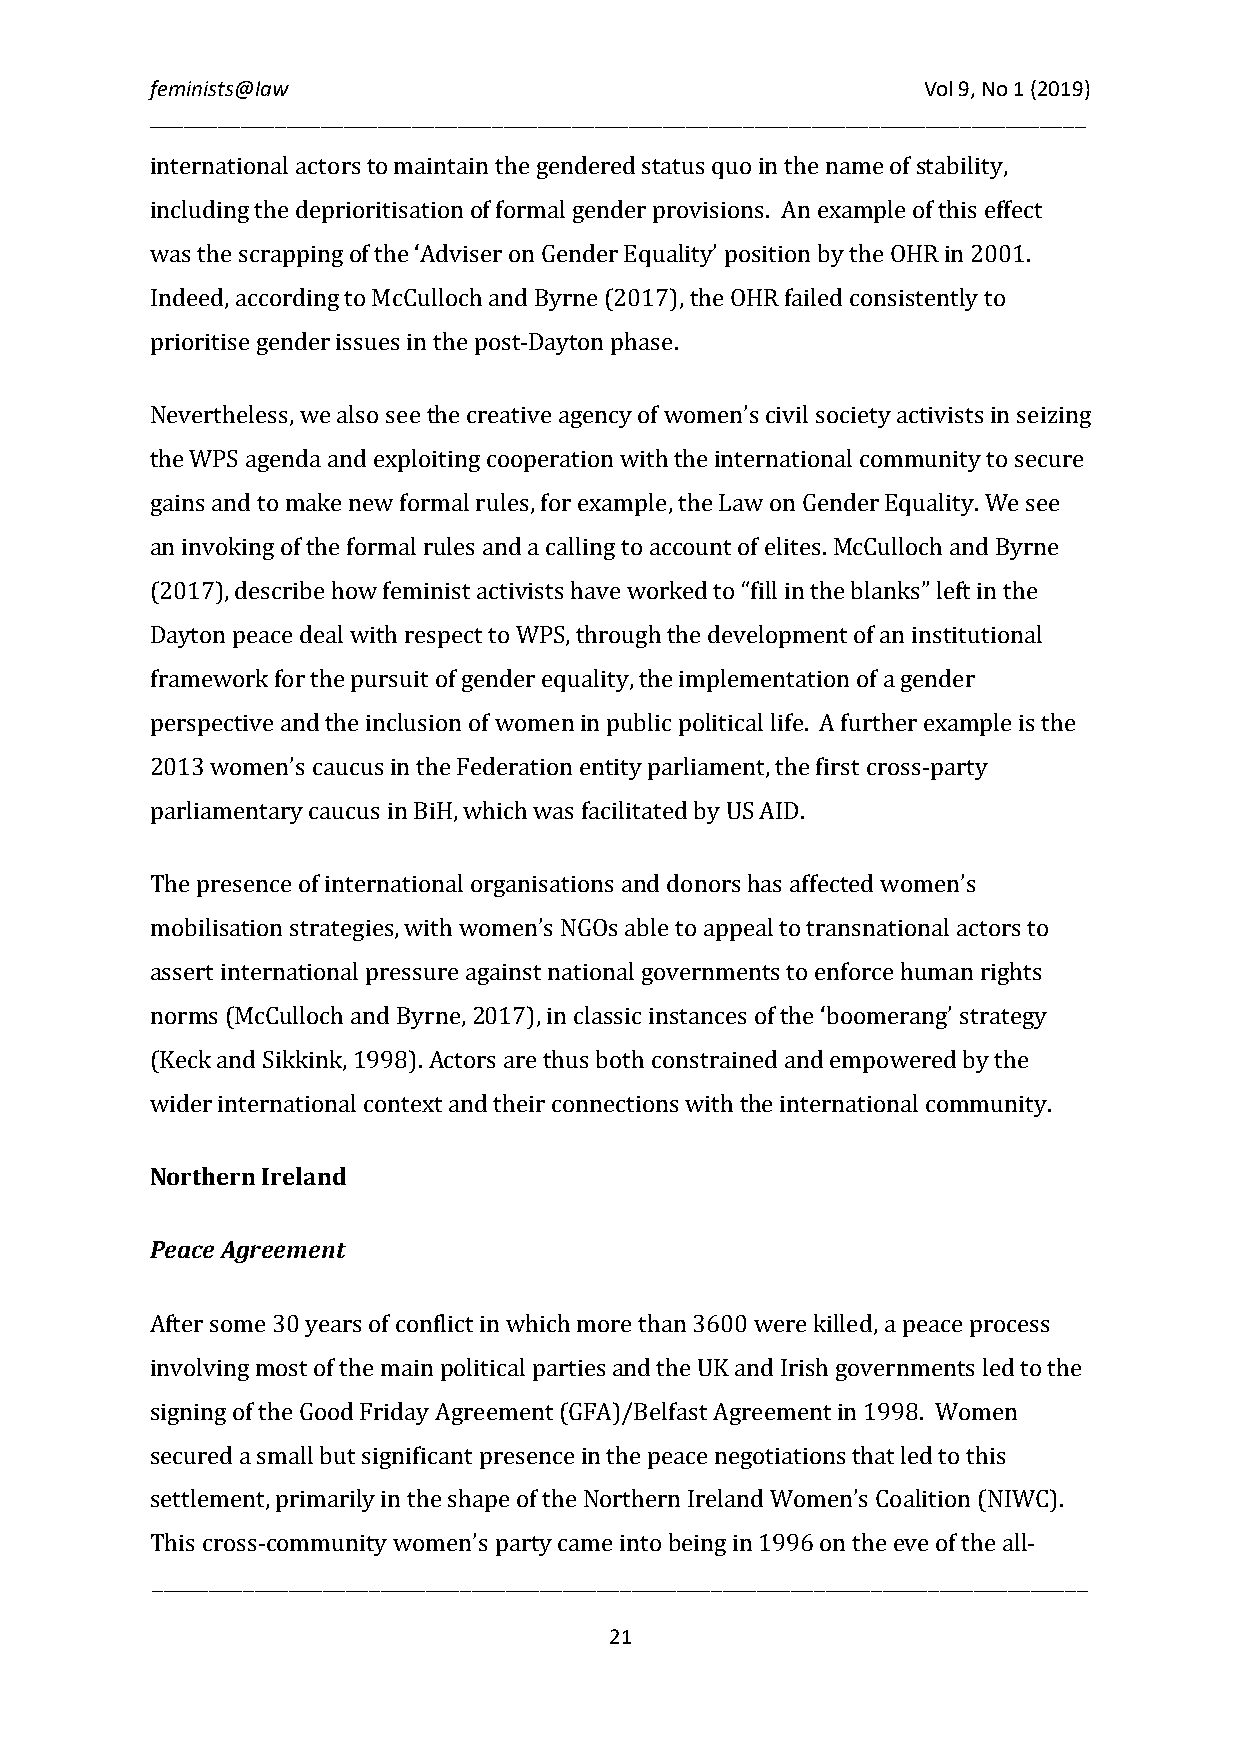
feminists@law                                      Vol 9, No 1 (2019)
 __________________________________________________________________________________
 international actors to maintain the gendered status quo in the name of stability,
 including the deprioritisation of formal gender provisions. An example of this effect
 was the scrapping of the ‘Adviser on Gender Equality’ position by the OHR in 2001.
 Indeed, according to McCulloch and Byrne (2017), the OHR failed consistently to
 prioritise gender issues in the post-Dayton phase.
 Nevertheless, we also see the creative agency of women’s civil society activists in seizing
 the WPS agenda and exploiting cooperation with the international community to secure
 gains and to make new formal rules, for example, the Law on Gender Equality. We see
 an invoking of the formal rules and a calling to account of elites. McCulloch and Byrne
 (2017), describe how feminist activists have worked to “fill in the blanks” left in the
 Dayton peace deal with respect to WPS, through the development of an institutional
 framework for the pursuit of gender equality, the implementation of a gender
 perspective and the inclusion of women in public political life. A further example is the
 2013 women’s caucus in the Federation entity parliament, the first cross-party
 parliamentary caucus in BiH, which was facilitated by US AID.
 The presence of international organisations and donors has affected women’s
 mobilisation strategies, with women’s NGOs able to appeal to transnational actors to
 assert international pressure against national governments to enforce human rights
 norms (McCulloch and Byrne, 2017), in classic instances of the ‘boomerang’ strategy
 (Keck and Sikkink, 1998). Actors are thus both constrained and empowered by the
 wider international context and their connections with the international community.
 Northern Ireland
 Peace Agreement
 After some 30 years of conflict in which more than 3600 were killed, a peace process
 involving most of the main political parties and the UK and Irish governments led to the
 signing of the Good Friday Agreement (GFA)/Belfast Agreement in 1998. Women
 secured a small but significant presence in the peace negotiations that led to this
 settlement, primarily in the shape of the Northern Ireland Women’s Coalition (NIWC).
 __________________________________________________________________________________
 This cross-community women’s party came into being in 1996 on the eve of the all-
 21